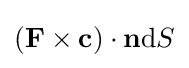
(\mathbf {F} \times \mathbf {c} )\cdot \mathbf {n} \mathrm {d} S